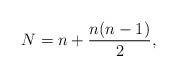
LaTeX: \begin{align*}N = n+\frac{n(n-1)}{2},\end{align*}